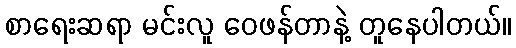
စာရေးဆရာ မင်းလူ ဝေဖန်တာနဲ့ တူနေပါတယ်။